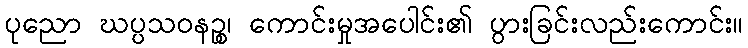
ပုညော ဃပ္ပသဝနဉ္စ၊ ကောင်းမှုအပေါင်း၏ ပွားခြင်းလည်းကောင်း။